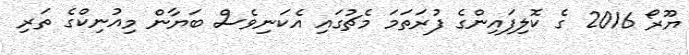
ޔޫރޯ 2016 ގެ ކޮލިފައިންގެ ފުރަތަމަ މެޗުގައި އެކަނިވެސް ބަޔާން މިއުނިކްގެ ތަރި